Annual administration report of the Civil Veterinary Department of India - 1897-1898
Year: 1897
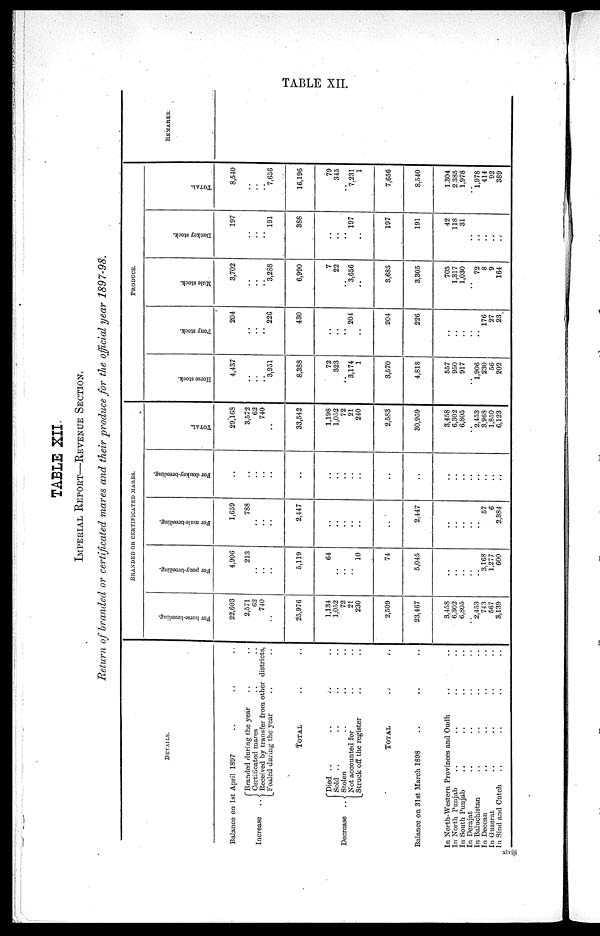
TABLE XII.
TABLE XII
IMPERIAL REPORT—REVENUE SECTION.
Return of branded or certificated mares and their produce for the official year 1897—98.
DETAILS.
Balance on 1st April 1897 .. .. ..
Branded during the year .. .. ..
Certificated mares .. ..
Increase
.. { Received by transfer from other districts,
Foaled during the year .. ..
TOTAL .. ..
Died .. .. .. ..
Sold .. .. .. ..
Decrease
.. {Stolen .. .. ..
Not accounted for .. ..
Struck off the register .. ..
TOTAL .. ..
Balance on 31st March 1898 .. .. ..
In North—Western Provinces and Oudh .. ..
In North Punjab .. .. .. ..
In South Punjab .. .. .. ..
In Derajat .. .. .. ..
In Baluchistan
In Deccan .. .. .. ..
In Guzerat .. .. .. ..
In Sind and Cutch .. .. .. ..
BRANDED OR CERTIFICATED MARES.
For horse—breeding.
22,603
2,571
62
740
..
25,976
1,134
1,052
72
21
230
2,509
23,467
3,458
6,302
6,805
..
2,453
743
567
3,139
For pony—breeding.
4,906
213
..
..
..
5,119
64
..
..
..
10
74
5,045
..
..
..
..
..
3,168
1.277
600
For mule—breeding.
1,659
788
..
..
..
2,447
..
..
..
..
..
..
2,447
..
..
..
..
..
57
6
2,384
For donkey—breeding.
..
..
..
..
..
..
..
..
..
..
..
..
..
..
..
..
..
..
..
..
..
TOTAL.
29,168
3,572
62
740
..
33,542
1,198
1,052
72
21
240
2,583
30,959
3,458
6,302
6,805
..
2,453
3,968
1,850
6,123
PRODUCE.
Horse stock.
4,437
..
..
..
3,951
8,388
72
323
..
3,174
1
3,570
4,818
557
950
917
..
1,906
230
56
202
Pony stock.
204
..
..
..
226
430
..
..
..
204
..
204
226
..
..
..
..
..
176
27
23
Mule stock.
3,702
..
..
..
3,288
6,990
7
22
..
3,656
..
3,685
3,305
705
1,317
1,030
..
72
8
9
164
Donkey stock.
197
..
..
..
191
388
..
..
..
197
..
197
191
42
118
31
..
..
..
..
..
TOTAL.
8,540
..
..
..
7,656
16,196
79
345
..
7,231
1
7,656
8,540
1.304
2,385
1,978
..
1,978
414
92
389
REMARKS.
xlxvi